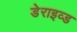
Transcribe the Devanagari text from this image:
डेराइव्ड